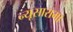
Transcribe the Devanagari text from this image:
न्यूसारामा